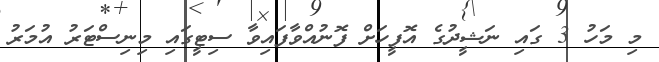
މި މަހު 3 ގައި ނަޝީދުގެ އޮފީހަށް ފޮނުއްވާފައިވާ ސިޓީގައި މިނިސްޓަރު އުމަރު